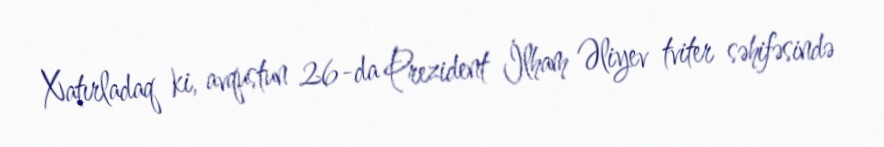
Xatırladaq ki, avqustun 26-da Prezident İlham Əliyev tviter səhifəsində